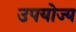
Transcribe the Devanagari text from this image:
उपयोज्य